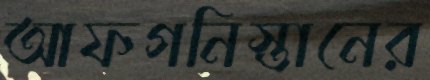
আফগনিস্তানের